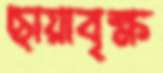
ছায়াবৃক্ষ